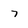
Character: 7